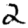
Digit: 2